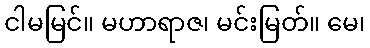
ငါမမြင်။ မဟာရာဇ၊ မင်းမြတ်။ မေ၊